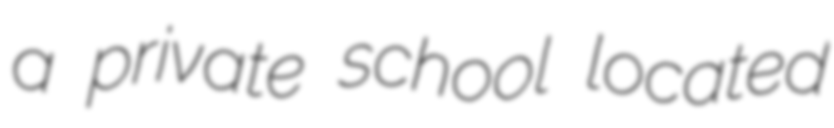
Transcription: a private school located